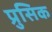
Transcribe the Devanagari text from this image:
प्रुसिक